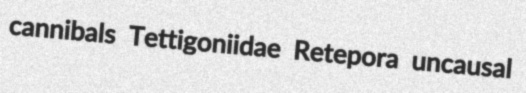
cannibals Tettigoniidae Retepora uncausal